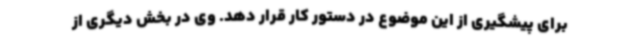
برای پیشگیری از این موضوع در دستور کار قرار دهد. وی در بخش دیگری از